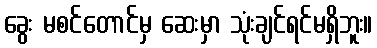
ခွေး မစင်တောင်မှ ဆေးမှာ သုံးချင်ရင်မရှိဘူး။